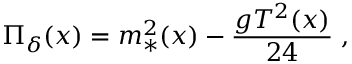
\Pi _ { \delta } ( x ) = m _ { * } ^ { 2 } ( x ) - { \frac { g T ^ { 2 } ( x ) } { 2 4 } } \; ,